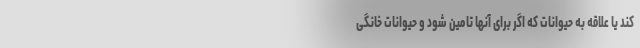
کند یا علاقه به حیوانات که اگر برای آنها تامین شود و حیوانات خانگی